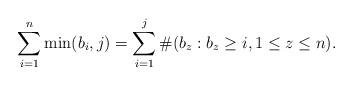
LaTeX: \begin{align*}\sum_{i=1}^{n}\min(b_{i},j)=\sum_{i=1}^{j}\#(b_{z}:b_{z}\geq i, 1\leq z\leq n). \end{align*}